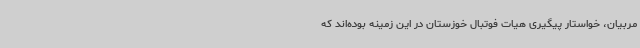
مربیان، خواستار پیگیری هیات فوتبال خوزستان در این زمینه بوده‌اند که